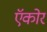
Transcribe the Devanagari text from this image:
ऍकोर